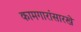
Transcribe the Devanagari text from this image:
कामगारांसारखे